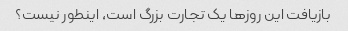
بازیافت این روزها یک تجارت بزرگ است، اینطور نیست؟